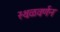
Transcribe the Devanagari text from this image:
स्थळवर्णन